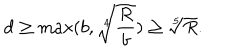
LaTeX: d \geq \max ( b , \sqrt [ [object Object] ] ] { \frac { R } { b } } ) \geq \sqrt [ [object Object] ] ] { R } .